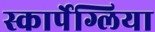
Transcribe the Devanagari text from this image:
स्कार्पेग्लिया